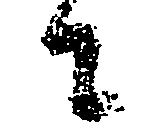
々